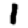
Digit: 1